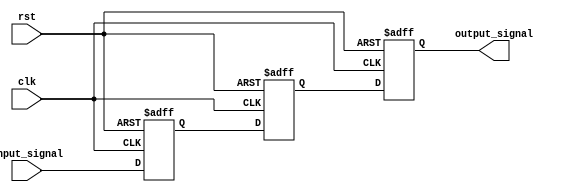
module three_flop_synchronizer(
    input wire clk, // clock signal
    input wire rst, // reset signal
    input wire input_signal, // input signal
    output reg output_signal // output signal
);

reg flop1, flop2, flop3;

// First flop captures input signal on rising edge of clock
always @(posedge clk or posedge rst) begin
    if (rst) begin
        flop1 <= 1'b0;
    end else begin
        flop1 <= input_signal;
    end
end

// Second flop synchronizes output of first flop to clock signal
always @(posedge clk or posedge rst) begin
    if (rst) begin
        flop2 <= 1'b0;
    end else begin
        flop2 <= flop1;
    end
end

// Third flop further synchronizes output signal
always @(posedge clk or posedge rst) begin
    if (rst) begin
        flop3 <= 1'b0;
    end else begin
        flop3 <= flop2;
    end
end

// Assign output signal
assign output_signal = flop3;

endmodule